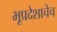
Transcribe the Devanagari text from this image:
भूप्रदेशाचेच